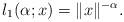
LaTeX: \begin{align*}l_\textnormal{1}(\alpha;x) = \|x\|^{-\alpha}.\end{align*}